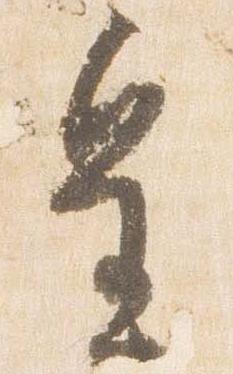
皇